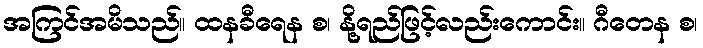
အကြင်အမိသည်။ ထနခီရေန စ၊ နို့ရည်ဖြင့်လည်းကောင်း။ ဂီတေန စ၊